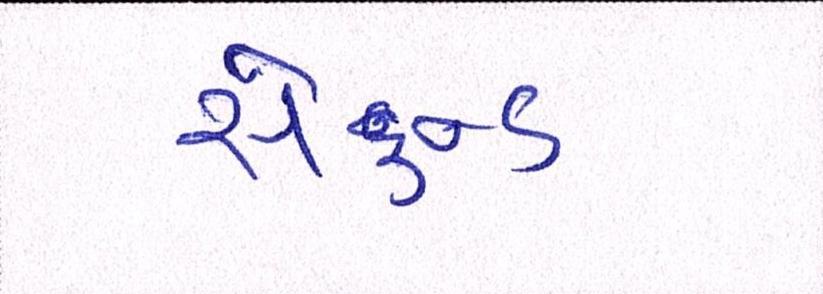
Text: સેકન્ડ